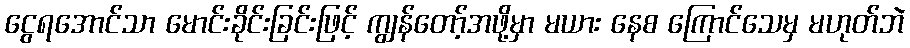
ငွေရအောင်သာ မောင်းခိုင်းခြင်းဖြင့် ကျွန်တော့်အဖို့မှာ မယား နေစ ကြောင်သေမှ မဟုတ်ဘဲ